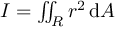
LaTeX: I = \textstyle \iint _ { R } r ^ { 2 } \, \mathrm { d } A